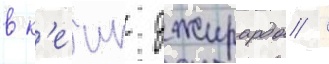
в к'еип джирардо /